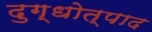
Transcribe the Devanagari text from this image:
दुग्धोत्पाद